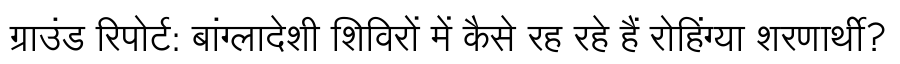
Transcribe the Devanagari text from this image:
ग्राउंड रिपोर्ट: बांग्लादेशी शिविरों में कैसे रह रहे हैं रोहिंग्या शरणार्थी?